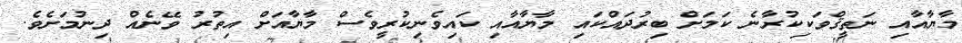
މާޔާއާއި ނަތީޤްވަކިކުރާނެ ކަމަށް ބިރުދައްކައި މާޔާއާއި ކައިވެނިކުރީވެސް މާޔާއަށް އިތުރު ވޭނެއް ދިނުމަށެވެ.